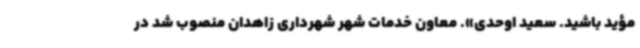
مؤید باشید. سعید اوحدی». معاون خدمات شهر شهرداری زاهدان منصوب شد در